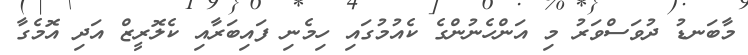
މާބަނޑު ދުވަސްވަރު މި އަންހެނުންގެ ކެއުމުގައި ހިމެނި ފައިބަރާއި ކެލޮރީޒް އަދި އޮމެގާ